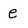
Character: e